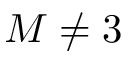
M \neq 3